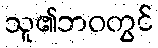
သူ၏ဘဝတွင်